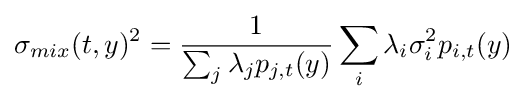
\sigma _{mix}(t,y)^{2}={\frac {1}{\sum _{j}\lambda _{j}p_{j,t}(y)}}\sum _{i}\lambda _{i}\sigma _{i}^{2}p_{i,t}(y)